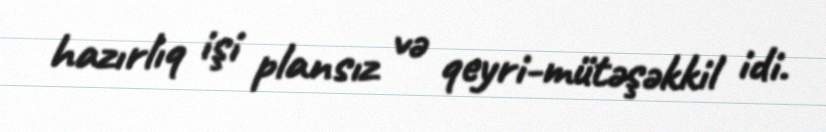
hazırlıq işi plansız və qeyri-mütəşəkkil idi.